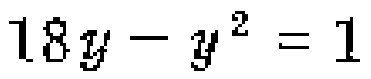
\(18y - y^{2} = 1\)